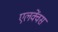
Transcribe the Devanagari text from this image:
एलक्वेंस